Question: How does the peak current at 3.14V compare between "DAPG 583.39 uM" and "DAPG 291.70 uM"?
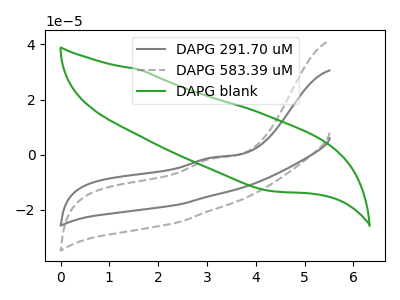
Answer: <think>The gray curve "DAPG 291.70 uM" has an anodic peak at: (3.15V, -0.95uA). The gray dashed curve "DAPG 583.39 uM" has an anodic peak at: (3.15V, -1.30uA). The green curve "DAPG blank" has no peaks.</think>
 <answer>The peak at 3.14V is lower in "DAPG 583.39 uM" than in "DAPG 291.70 uM".</answer>
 <eval>lower</eval>